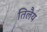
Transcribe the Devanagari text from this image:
तिलैय